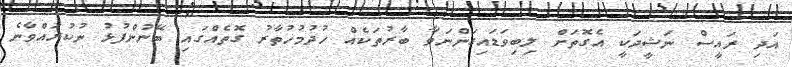
އަދި ރައީސް ނަޝީދަކީ އެގޮތަށް ލިބިވަޑައިގަންނަވާ ބާރުތަކެއް ހުދުމުހުތާރު ގޮތެއްގައި ބޭނުންފުޅު ނުކުރައްވާނެ